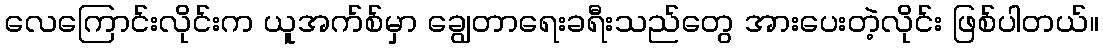
လေကြောင်းလိုင်းက ယူအက်စ်မှာ ချွေတာရေးခရီးသည်တွေ အားပေးတဲ့လိုင်း ဖြစ်ပါတယ်။